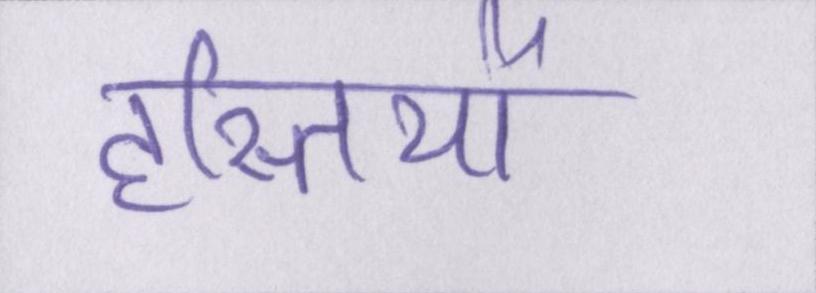
हस्तियों